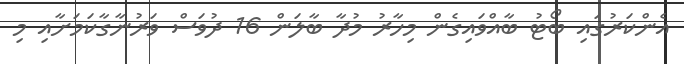
އެންކަރުގައި ބޯޓު ބާއްވައިގެން މިހާރު މުދާ ބާލަން 16 ދުވަސް ވަރުނާގާކަމަށާއި މި